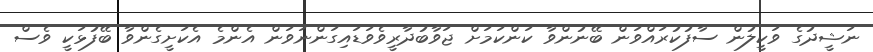
ނަޝީދުގެ ވަކީލުން ސާފުކުރައްވަން ބޭނުންވާ ކަންކަމަށް ޖަވާބުދާރީވެވަޑައިގަންނަވަން އެންމެ އެކަށީގެންވާ ބޭފުޅަކީ ވެސް